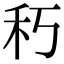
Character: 𥝑